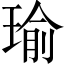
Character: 瑜